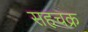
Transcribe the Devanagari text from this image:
सहचक्र